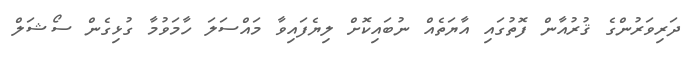
ދަރިވަރުންގެ ޤުރުއާން ފޮތުގައި އާޔަތެއް ނުބައިކޮށް ލިޔެފައިވާ މައްސަލަ ހާމަވުމާ ގުޅިގެން ސޯޝަލް